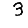
Digit: 3